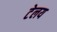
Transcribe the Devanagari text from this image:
टेलय